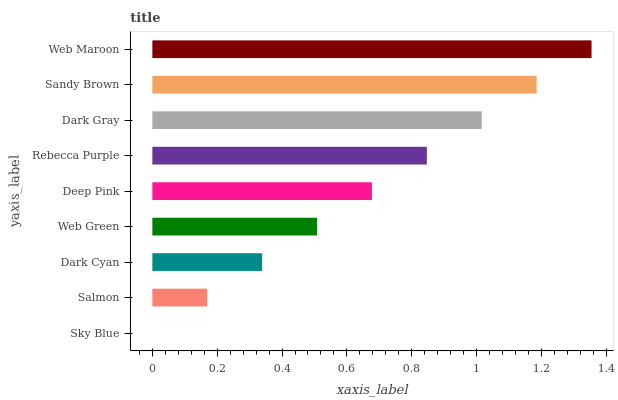
| yaxis_label | bars |
 | --- | --- |
 | Sky Blue | 0 |
 | Salmon | 0.169 |
 | Dark Cyan | 0.339 |
 | Web Green | 0.508 |
 | Deep Pink | 0.677 |
 | Rebecca Purple | 0.847 |
 | Dark Gray | 1.02 |
 | Sandy Brown | 1.19 |
 | Web Maroon | 1.35 |